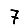
Digit: 7